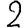
Digit: 2